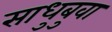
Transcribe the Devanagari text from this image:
साधुबुवा